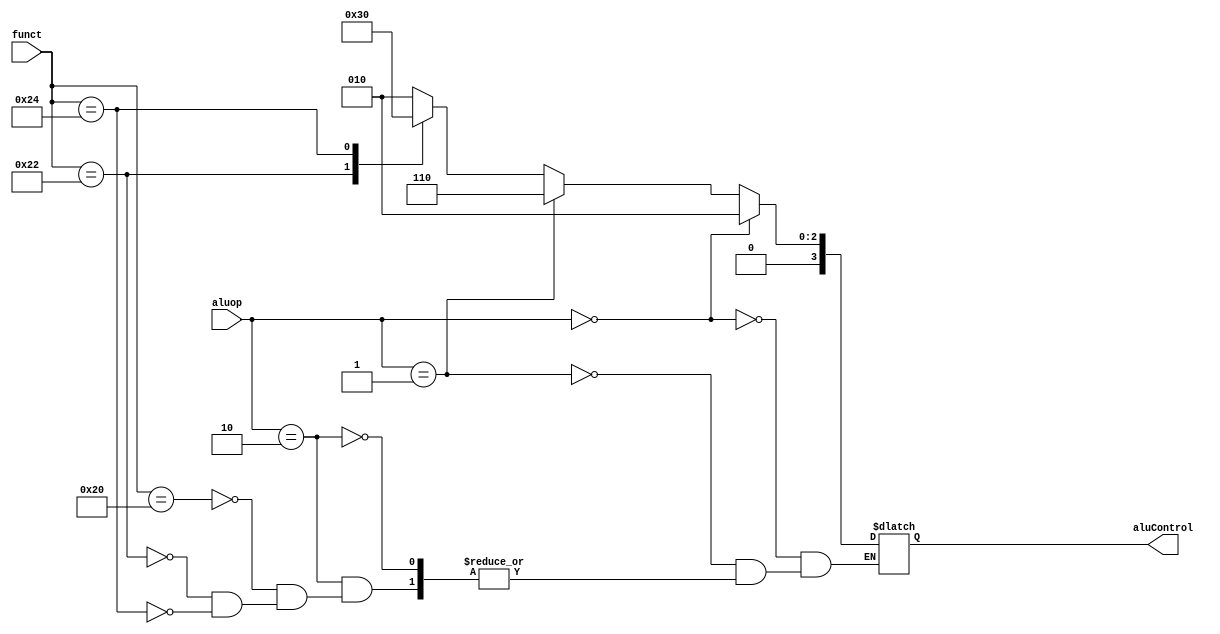
module alu_decoder(
	input wire [5:0] funct,
	input wire [1:0] aluop,
	output reg [3:0] aluControl
);
	always @* begin
		if (aluop == 2'b00) 		aluControl <= 4'b0010;	//add
		else if (aluop == 2'b01) 	aluControl <= 4'b0110;	//sub
		else if(aluop == 2'b10) begin
			case(funct)
				//add
				6'b100_000: begin
					aluControl <= 4'b0010;
				end//add

				//sub
				6'b100_010: begin
					aluControl <= 4'b0110;
				end//sub

				//and
				6'b100_100: begin
					aluControl <= 4'b0000;
				end//and

				//or
				6'b100_000: begin
					aluControl <= 4'b0001;
				end//or
			endcase
		end
	end
endmodule